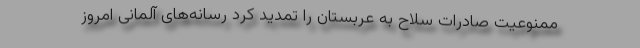
ممنوعیت صادرات سلاح به عربستان را تمدید کرد رسانه‌های آلمانی امروز